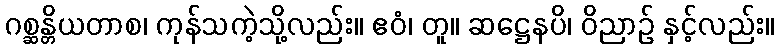
ဂစ္ဆန္တိယတာစ၊ ကုန်သကဲ့သို့လည်း။ ဧဝံ၊ တူ။ ဆဋ္ဌေနပိ၊ ဝိညာဉ် နှင့်လည်း။